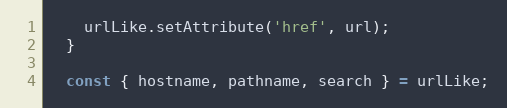
Language: JavaScript
    urlLike.setAttribute('href', url);
  }

  const { hostname, pathname, search } = urlLike;